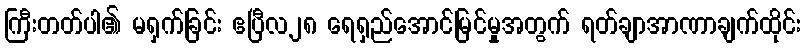
ကြီးတတ်ပါ၏ မရှက်ခြင်း ဧပြီလ၂၈ ရေရှည်အောင်မြင်မှုအတွက် ရတ်ချာအာဏာချက်ထိုင်း